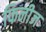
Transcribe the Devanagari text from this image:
फिनीज